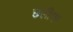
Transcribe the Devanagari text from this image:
छलीक